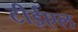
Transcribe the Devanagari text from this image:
टीईएल